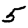
Digit: 5